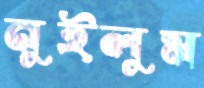
নুইলুম